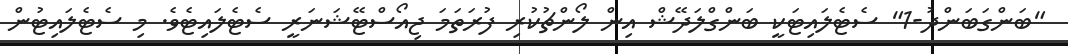
"ބަންގަބަންދު-1" ސެޓެލައިޓަކީ ބަންގްލަދޭޝް އިން ލޯންޗުކުރި ފުރަތަމަ ޖިއޯސްޓޭޝަނަރީ ސެޓެލައިޓެވެ. މި ސެޓެލައިޓުން